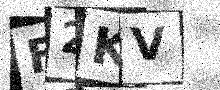
Text: F2KV